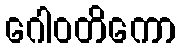
ဂေါဝတိကော